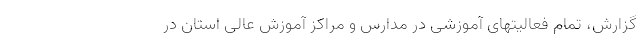
گزارش، تمام فعالیتهای آموزشی در مدارس و مراکز آموزش عالی استان در